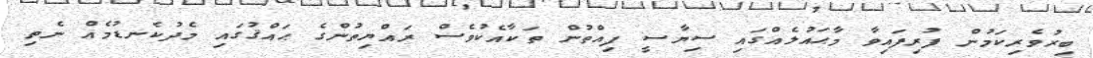
ބިރުވެރިކަމުން ފުރިފައިވާ މާޙައުލެއްގައި ސިޔާސީ ފިއްތުން ތަކާއެކުވެސް ރައްޔިތުންގެ ޙައްޤުގައި މެދުކެނޑުމެއް ނެތި